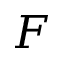
F